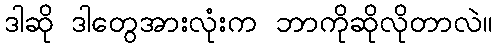
ဒါဆို ဒါတွေအားလုံးက ဘာကိုဆိုလိုတာလဲ။